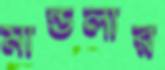
মান্ডলার